Civil Veterinary Department. Central Provinces & Berar 1932-41 - 1932-1941
Year: 1932
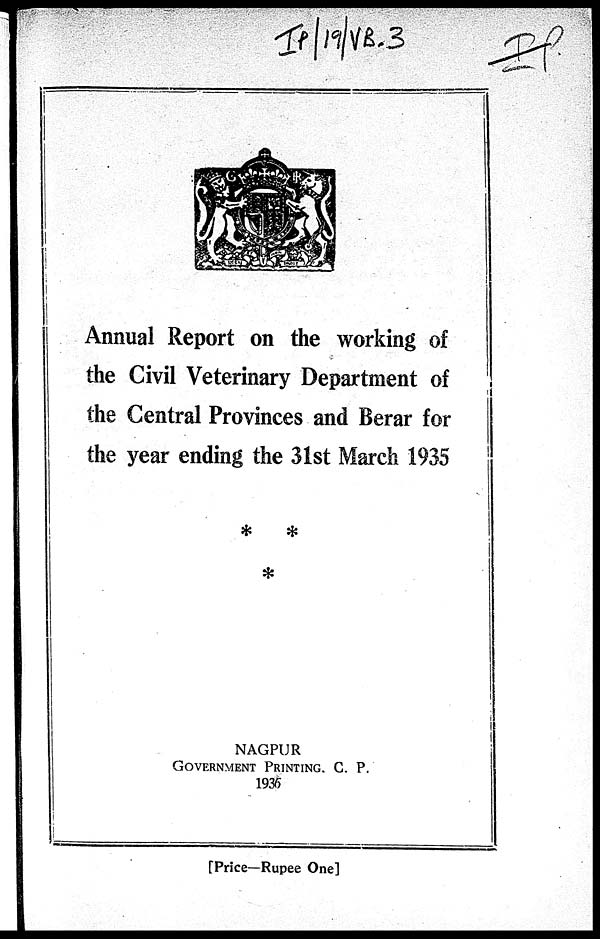
Annual Report on the working of
the Civil Veterinary Department of
the Central Provinces and Berar for
the year ending the 31st March 1935
NAGPUR
GOVERNMENT PRINTING, C. P.
1935
[Price—Rupee One]